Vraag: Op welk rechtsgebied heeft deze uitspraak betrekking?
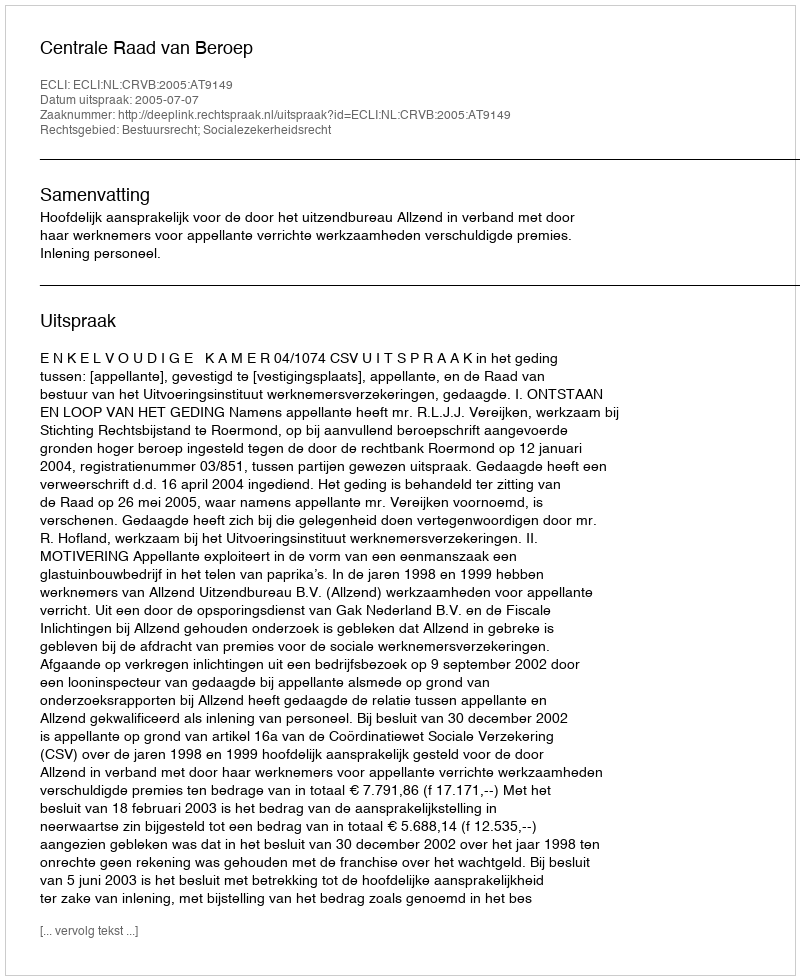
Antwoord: Bestuursrecht; Socialezekerheidsrecht